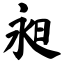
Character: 昶